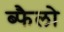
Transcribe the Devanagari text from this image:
ब्फैलो